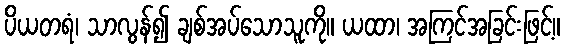
ပိယတရံ၊ သာလွန်၍ ချစ်အပ်သောသူကို။ ယထာ၊ အကြင်အခြင်းဖြင့်။